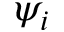
\psi _ { i }